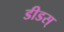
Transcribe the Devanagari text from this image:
डीडस्